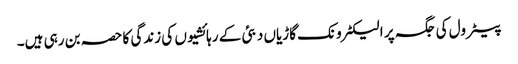
پیٹرول کی جگہ پر الیکٹرونک گاڑیاں دبئی کے رہائشیوں کی زندگی کا حصہ بن رہی ہیں۔